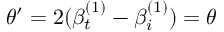
\theta ^ { \prime } = 2 ( \beta _ { t } ^ { ( 1 ) } - \beta _ { i } ^ { ( 1 ) } ) = \theta